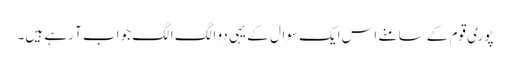
پوری قوم کے سامنے اس ایک سوال کے یہی دو الگ الگ جواب آ رہے ہیں۔